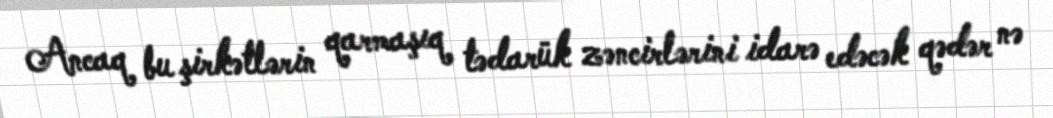
Ancaq bu şirkətlərin qarmaşıq tədarük zəncirlərini idarə edəcək qədər nə